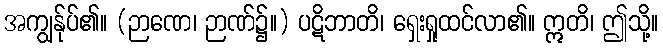
အကျွန်ုပ်၏။ (ဉာဏေ၊ ဉာဏ်၌။) ပဋိဘာတိ၊ ရှေးရှုထင်လာ၏။ ဣတိ၊ ဤသို့။